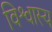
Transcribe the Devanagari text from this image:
विश्वास्य